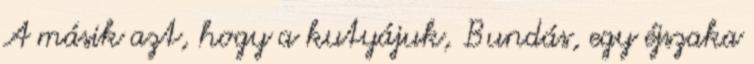
A másik azt, hogy a kutyájuk, Bundás, egy éjszaka